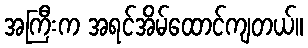
အကြီးက အရင်အိမ်ထောင်ကျတယ်။